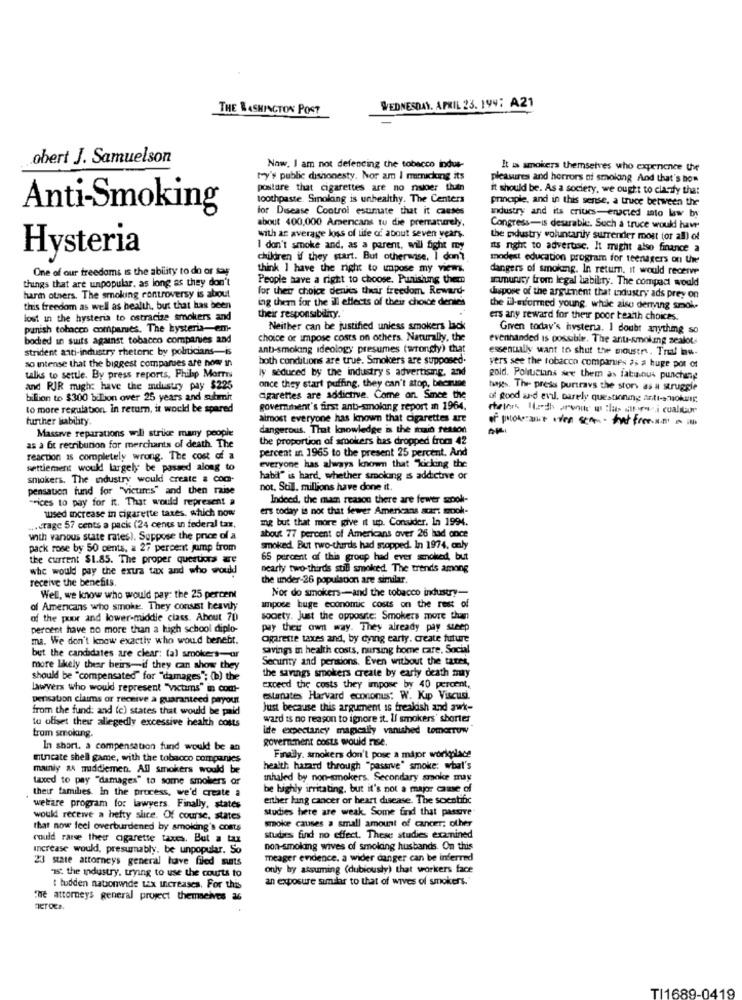
THE WASHINGTON POST
WEDNESDAY, APRIL 23. 199: A21
obert J. Samuelson
Now. I am not defencing the tobacco indus-
It is smokers themselves who experience the
ty's public dishonesty. Nor am I mimicking its
pleasures and horrors of smoking And that's how
postare that cigarettes are no nisioer than
it should be. As a society, we ought to clanty that
toothpaste. Smoking is unhealthy. The Centers
princpie, and in this sense, a truce between the
Anti-Smoking
for Disease Control estimate that it causes
about 400.000 Amencans tu die prematurely,
industry and its criucs-enacted into law by
Congress-is desirable. Such a truce would have
with an average loss of life of about seven years.
the podustry voluntarily surrender most for all) of
I don't smoke and, as a parent, will fight my
its night to advertise. It might also finance a
Hysteria
children if they start. But otherwise. I don't
modest education program for teenagers on the
One of our freedoms is the ability to do or tar
think I have the right to unpose my views.
dangers of smoking. In return. it would receive
things that are unpopular. as long as they don't
People have a right to choose. Punishung them
immunury from legal lability. The compact would
for their choice denies their freedom. Reward-
harm others. The smoking controversy is about
ing them for the ill effects of their choice denies
dispose of the argument that industry ads prey on
this freedom as well as health, but that has been
the il-svformed young, while also dering smok-
lost in the hysteria to ostracize smokers and
their responsibilny.
ers any reward for their poor tearth choices.
punish tobacco companies. The kysteria-em-
Neither can be justified unless smokers lack
Given today's hysteria. I doubt anything so
bodied in suits against tobacco companies and
choice of impose costs on others. Naturally, the
evenhanded is possible. The anu-smoking zealot-
strident anti-industry thetene by politicians-is
anti-smoking ideology presumes (wrongty) that
essentially want to shut the moustr. Traf low-
so intense that the biggest comparues are now in
both conditions are true. Smokers are supposed.
ly seduced by the industry's advertising, and
vers see the tobacco compares as a huge pot of
talks to settle. By press reports, Philip Mormi
once they start puffing, they can't stop, because
gold. Politicians see them as fabulous punching
and RJR might have the andustry pay $225
hages. The press purtravs the story as a struggle
billion to $300 bilion over 25 years and submit
cigarettes are addictive. Come on. Smee the
of good and evil, barely questioning anti- nokavg.
to more regulation. in return, it would be spared
government's first anti-smoking report m 1964.
further liability
almost everyone has known that cigarettes art
Massive reparations will strike many people
dangerous. That knowledge is the main reason
the proportion of smokers has dropped from 42
as a fit recnbunion for merchants of death. The
percent in 1965 to the present 25 percent. And
reaction is completely wrong. The cost of a
settlement would largely be passed along to
everyone has always known that Kicking the
smokers. The industry would create a com-
habil" is hard, whether smoking is addictive or
pensaton fund for "Victims" and then raise
not, Sull, millions have done it.
"Fices to pay for it. That would represent a
Indeed, the main reason there are fewer sook-
used increase in cigarette taxes. which now
ers today is not that fewer Americans scars sook-
mg but that more give it up. Consider. In 1994.
... crage 57 cents a pack (24 cents in federal tax,
with various state rates). Suppose the price of a
about 77 percent of Americans over 26 bad once
pack rose by 50 cents, a 27 percent jump from
smoked. But two-thirds had stopped. In 1974, only
the current $1.85. The proper questions p
65 percent of this group had ever smoked, but
whe would pay the extra tax and who would
nearly two-thirds still smoked. The trends among
receive the benefits.
the under-26 populacion are similar.
Nor do smokers-and the tobacco industry-
Well, we know who would pay: the 25 percent
of Americans who smoke. They consist heavily
ampose buge economic costs on the rest of
of the puor and lower-middle class. About 70
sooety. Just the opposite: Smokers more than
percent have no more than a high school diplo-
pay their own way. They already pay steep
ma. We don't know exactly who would benebt.
ogarette taxes and, by dying early. create future
savings in health costs, nursing home care. Social
but the candidates are clear: (a) smokers- ur
Security and pensions. Even without the tarei,
more likely thear beirs-if they can show they
should be "compensated" for "damages"; (b) the
the savings smokers create by early death muy
Lawyers who would represent "victims" in comt-
exceed the costs they impose by 40 percent,
perisation claims or receive a guaranteed paryout
estarates Harvard econonuss: W. Kip Viscusi
from the fund: and (e) states that would be paid
Just because this argument is frealdish and awk-
tu oliset thes allegedly excessive health costs
ward ts no reason to ignore it. Il smokers' shorter
inte expectancy magically vanished tomorrow
trom smoking.
government costs would nise.
In short. a compensation fund would be an
Intricate shell game, with the tobacco companies
Finally, smokers don't pose a major worlglace
mainly a& middlemen. All smokers would be
health hazard through "passive" smoke: what's
taxed to pay "damages" to some smokers or
inhaled by non-smokers. Secondary smoke may
their families In the process, we'd create a
be highly irritating, but it's not a major camse of
either lung cancer or heart disease. The soentific
welfare program for lawyers. Finally, states
studies here are weak. Some find that passive
would receive a hefty slice. Of course, states
smoke causes a small amount of cancer; other
that now feel overburdened by smoking's costs
could rarse ther cigarette taxes. But a tax
studies find no effect. These studies examined
Increase would, presumably, be unpopular. So
non-smoking wives of smoking husbands. On this
23 state attorneys general have filed mats
meager endence. a wider danger can be inferred
only bry assuming (dubiously) that workers face
as: the industry, trying to use the courts to
an exposure similar to that of wives of smokers.
: tudden nationwide Lix increases. For this
the attorneys general project themselves 26
TI1689-0419